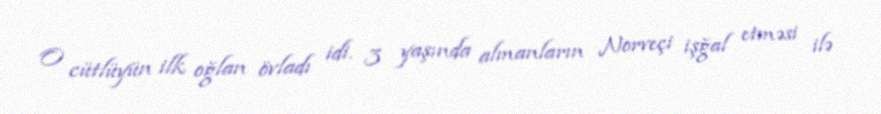
O cütlüyün ilk oğlan övladı idi. 3 yaşında almanların Norveçi işğal etməsi ilə